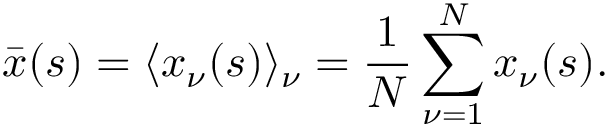
\bar { \boldsymbol { x } } ( s ) = \langle \boldsymbol { x } _ { \nu } ( s ) \rangle _ { \nu } = \frac { 1 } { N } \sum _ { \nu = 1 } ^ { N } \boldsymbol { x } _ { \nu } ( s ) .